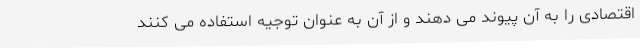
اقتصادی را به آن پیوند می دهند و از آن به عنوان توجیه استفاده می کنند